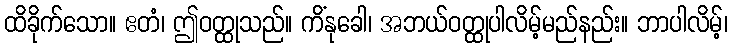
ထိခိုက်သော။ ဧတံ၊ ဤဝတ္ထုသည်။ ကိံနုခေါ၊ အဘယ်ဝတ္ထုပါလိမ့်မည်နည်း။ ဘာပါလိမ့်၊